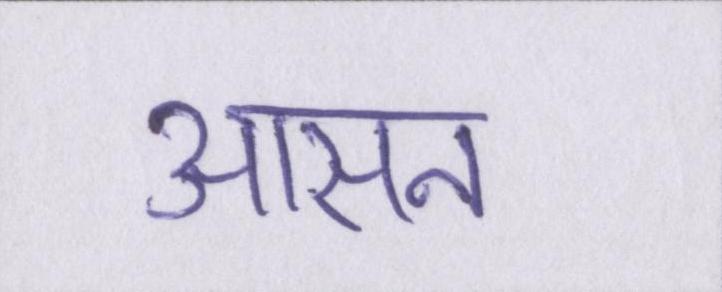
आसन